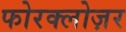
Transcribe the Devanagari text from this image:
फोरक्लोज़र